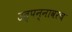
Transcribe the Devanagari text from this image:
उत्पन्नावरच